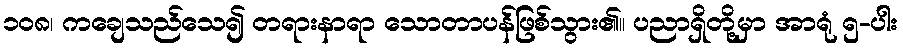
၁၀၈၊ ကချေသည်သေ၍ တရားနာရာ သောတာပန်ဖြစ်သွား၏။ ပညာရှိတို့မှာ အာရုံ ၅-ပါး